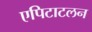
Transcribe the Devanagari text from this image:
एपिटाटलन